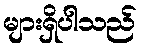
များရှိပါသည်